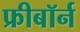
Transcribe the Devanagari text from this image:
फ्रीबॉर्न